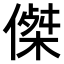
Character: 𠎀